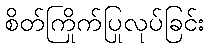
စိတ်ကြိုက်ပြုလုပ်ခြင်း